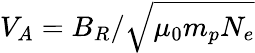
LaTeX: V_{A}=B_{R}/\sqrt{\mu_{0}m_{p}N_{e}}